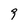
Character: 9